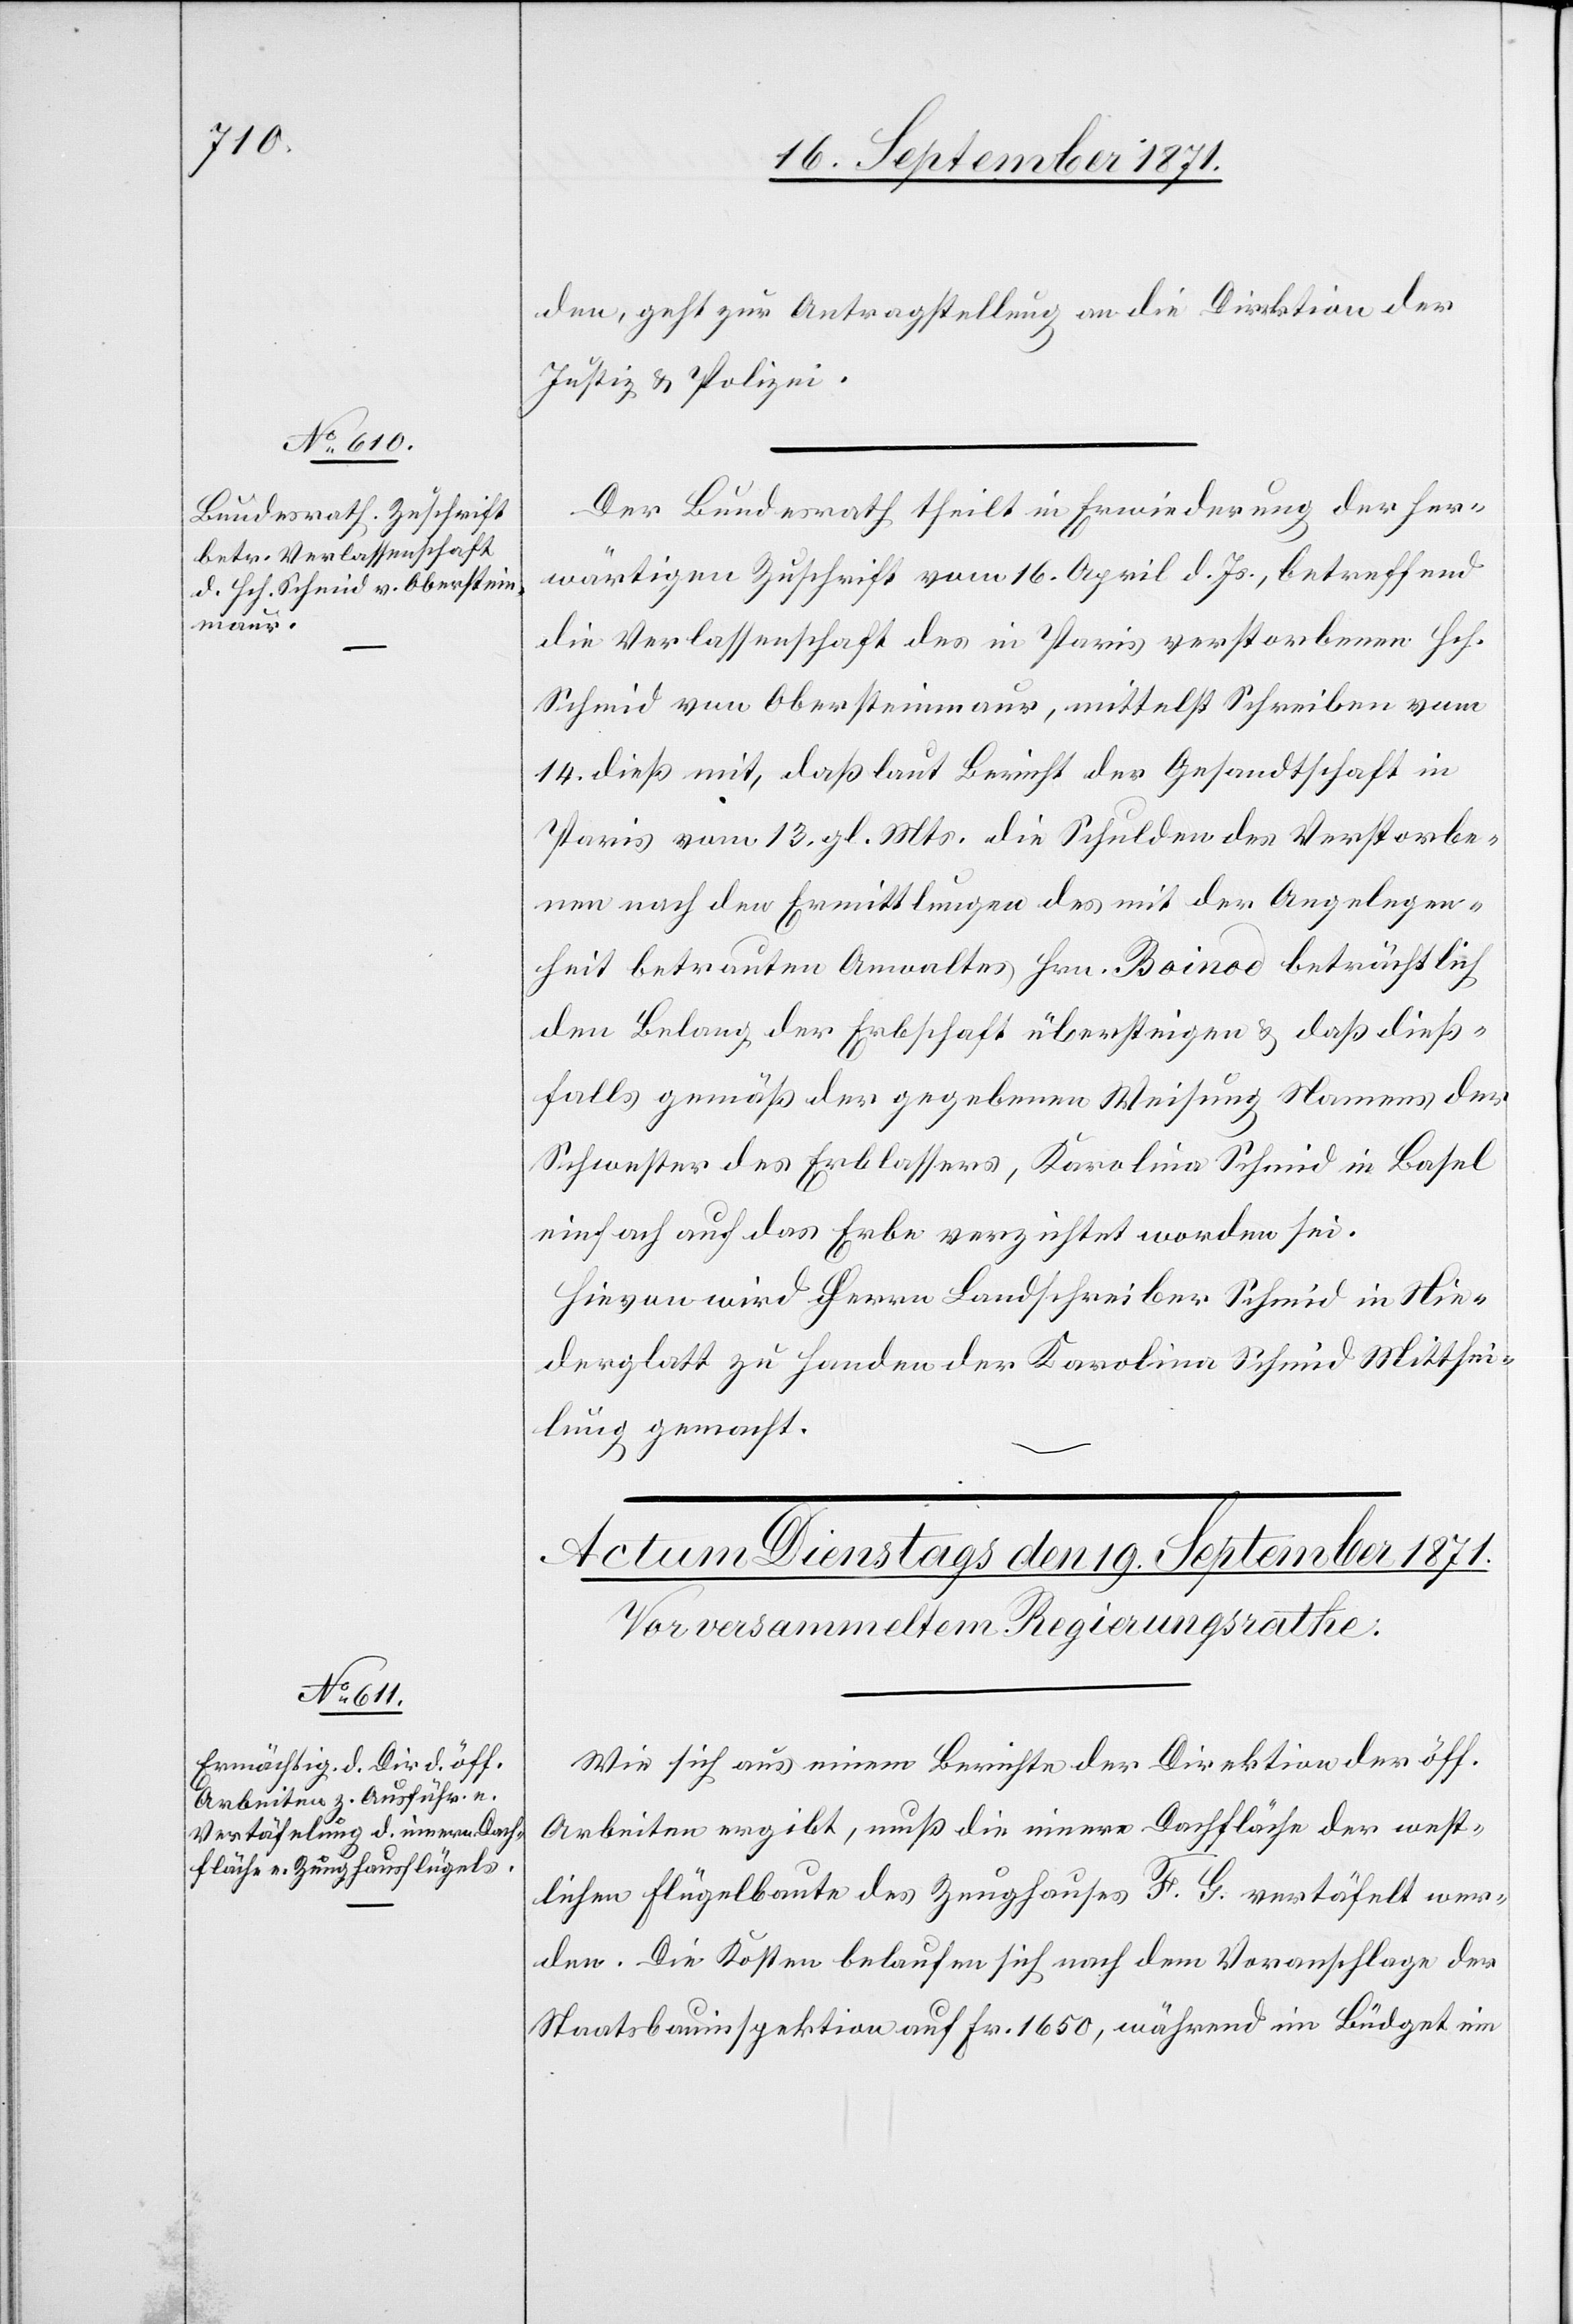
18. September 1871.]
den, geht zur Antragstellung an die Direktion der
Justiz & Polizei.
Der Bundesrath theilt in Erwiederung der her¬
wärtigen Zuschrift vom 16. April d. Js., betreffend
die Verlassenschaft des in Paris verstorbenen Hch.
Schmid von Obersteinmaur, mittelst Schreiben vom
14. dieß mit, daß laut Bericht der Gesandtschaft in
Paris vom 13. gl. Mts.die Schulden des Verstorbe¬
nen nach den Ermittlungen des mit der Angelegen¬
heit betrauten Anwaltes Hrn. Bonod beträchtlich
den Belang der Erbschaft übersteigen & daß dieß¬
falls gemäß der gegebenen Meinung Namens der
Schwester des Erblassers, Karolina Schmid in Basel
einfach auf das Erbe verzichtet worden sei.
Hievon wird Herrn Landschreiber Schmid in Nie¬
derglatt zu Handen der Karolina Schmid Mitthei¬
lung gemacht.
Wie sich aus einem Berichte der Direktion der öff.
Arbeiten ergibt, muß die innere Dachfläche der west¬
lichen Flügelbaute des Zeughauses F. G. vertäfelt wer¬
den. Die Kosten belaufen sich nach dem Voranschlage der
Staatsbauinspektion auf Fr. 1650, während im Budget ein